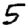
Digit: 5